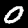
Digit: 0